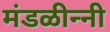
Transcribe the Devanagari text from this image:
मंडळीन्नी